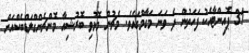
31 ޕޮއިންޓާއެކު ފަހަތުން ދެ ވަނަ މަގާމްގައެވެ. މެޗުން މޮޅުވި ބޮރުޝިއާ މޮންޗެންގްލަޑްބެކްއަށް